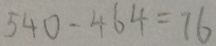
5 4 0 - 4 6 4 = 7 6